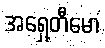
အရှေ့တီမော